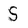
Character: S